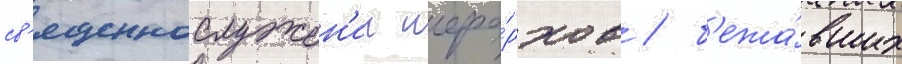
св'ященнослужен'ии иера́рхов / б'ежа́вших